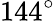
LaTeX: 144^{\circ}